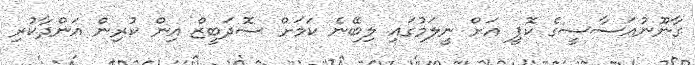
ގާނޫނުއަސާސީގެ ކޮޕީ އަށް ނީލަމުގައި ލިބޭނެ ކަމަށް ސޮދަބީޒް އިން ކުރިން އަންދާކުރި